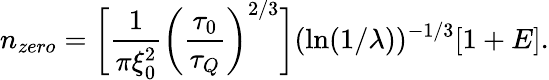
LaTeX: n_{zero}=\bigg[\frac{1}{\pi\xi_{0}^{2}}\bigg(\frac{\tau_{0}}{\tau_{Q}}\bigg)^{2/3}\bigg](\ln(1/\lambda))^{-1/3}[1+E].